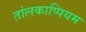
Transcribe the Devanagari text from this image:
तांलकाप्पियम